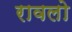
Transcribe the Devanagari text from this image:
रावलो